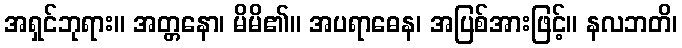
အရှင်ဘုရား။ အတ္တနော၊ မိမိ၏။ အပရာဓေန၊ အပြစ်အားဖြင့်။ နလဘတိ၊